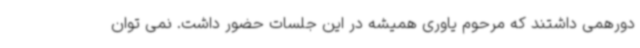
دورهمی داشتند که مرحوم یاوری همیشه در این جلسات حضور داشت. نمی توان